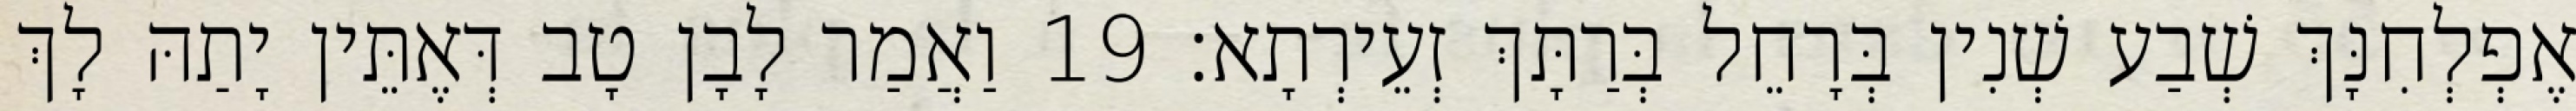
אֶפְלְחִנָּךְ שְׁבַע שְׁנִין בְּרָחֵל בְּרַתָּךְ זְעֵירְתָא׃ 19 וַאֲמַר לָבָן טָב דְּאֶתֵּין יָתַהּ לָךְ